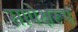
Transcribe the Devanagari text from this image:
सापेक्षरूप